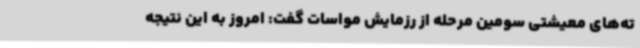
ته‌های معیشتی سومین مرحله از رزمایش مواسات گفت: امروز به این نتیجه